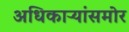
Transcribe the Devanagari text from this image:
अधिकाऱ्यांसमोर